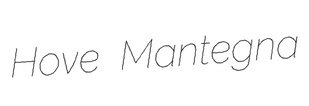
Hove Mantegna